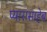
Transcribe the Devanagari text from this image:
प्यारासाहेब